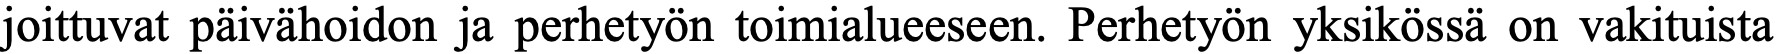
joittuvat päivähoidon ja perhetyön toimialueeseen. Perhetyön yksikössä on vakituista